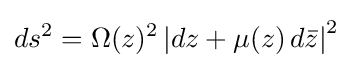
ds^{2}=\Omega (z)^{2}\left|dz+\mu (z)\,d{\bar {z}}\right|^{2}